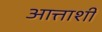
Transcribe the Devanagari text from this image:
आत्ताशी